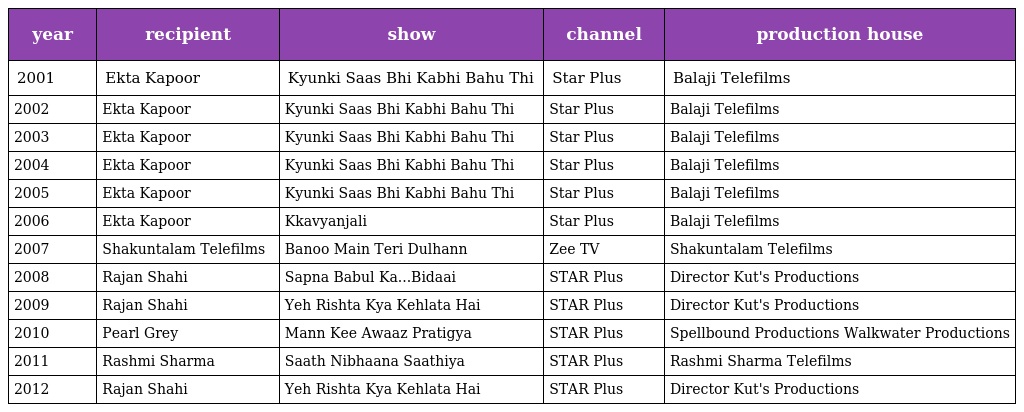
| year | recipient | show | channel | production house |
 | --- | --- | --- | --- | --- |
 | 2001 | Ekta Kapoor | Kyunki Saas Bhi Kabhi Bahu Thi | Star Plus | Balaji Telefilms |
 | 2002 | Ekta Kapoor | Kyunki Saas Bhi Kabhi Bahu Thi | Star Plus | Balaji Telefilms |
 | 2003 | Ekta Kapoor | Kyunki Saas Bhi Kabhi Bahu Thi | Star Plus | Balaji Telefilms |
 | 2004 | Ekta Kapoor | Kyunki Saas Bhi Kabhi Bahu Thi | Star Plus | Balaji Telefilms |
 | 2005 | Ekta Kapoor | Kyunki Saas Bhi Kabhi Bahu Thi | Star Plus | Balaji Telefilms |
 | 2006 | Ekta Kapoor | Kkavyanjali | Star Plus | Balaji Telefilms |
 | 2007 | Shakuntalam Telefilms | Banoo Main Teri Dulhann | Zee TV | Shakuntalam Telefilms |
 | 2008 | Rajan Shahi | Sapna Babul Ka...Bidaai | STAR Plus | Director Kut's Productions |
 | 2009 | Rajan Shahi | Yeh Rishta Kya Kehlata Hai | STAR Plus | Director Kut's Productions |
 | 2010 | Pearl Grey | Mann Kee Awaaz Pratigya | STAR Plus | Spellbound Productions Walkwater Productions |
 | 2011 | Rashmi Sharma | Saath Nibhaana Saathiya | STAR Plus | Rashmi Sharma Telefilms |
 | 2012 | Rajan Shahi | Yeh Rishta Kya Kehlata Hai | STAR Plus | Director Kut's Productions |